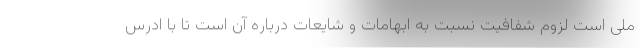
ملی است لزوم شفافیت نسبت به ابهامات و شایعات درباره آن است تا با ادرس